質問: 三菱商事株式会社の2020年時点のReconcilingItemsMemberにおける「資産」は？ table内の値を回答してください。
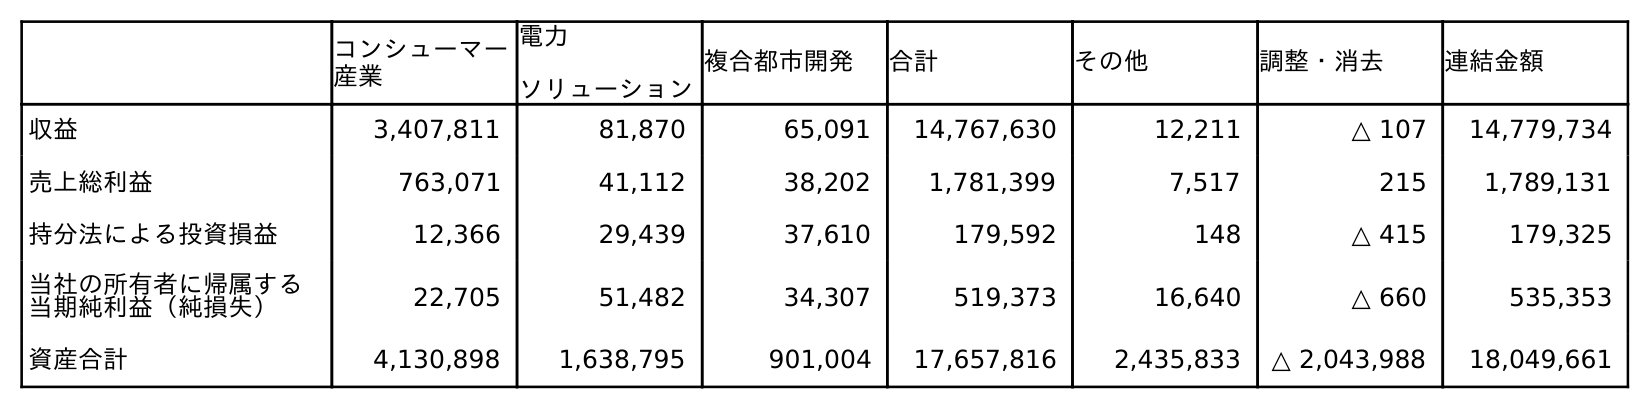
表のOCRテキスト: コンシューマー 産業 電力 ソリューション 複合都市開発 合計 その他 調整・消去 連結金額 収益 3,407,811 81,870 65,091 14,767,630 12,211 △ 107 14,779,734 売上総利益 763,071 41,112 38,202 1,781,399 7,517 215 1,789,131 持分法による投資損益 12,366 29,439 37,610 179,592 148 △ 415 179,325 当社の所有者に帰属する 当期純利益（純損失） 22,705 51,482 34,307 519,373 16,640 △ 660 535,353 資産合計 4,130,898 1,638,795 901,004 17,657,816 2,435,833 △ 2,043,988 18,049,661
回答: △2,043,988